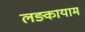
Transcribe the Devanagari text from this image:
लङ्कायाम